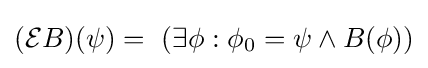
({\mathcal {E}}B)(\psi )=\ (\exists \phi :\phi _{0}=\psi \land B(\phi ))